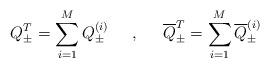
LaTeX: \begin{align*}Q_{\pm}^{T}=\sum_{i=1}^{M} Q_{\pm}^{(i)} \hspace{6mm},\hspace{6mm}\overline{Q}_{\pm}^{T} = \sum_{i=1}^{M}\overline{Q}_{\pm}^{(i)}\end{align*}